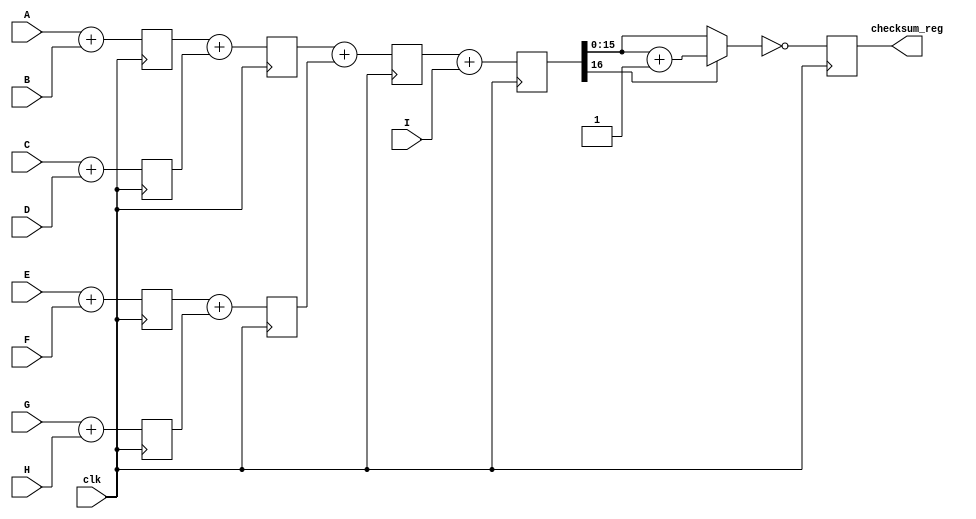
module binary_adder_tree(A, B, C, D, E, F, G, H, I, clk, checksum_reg);
   
	input	[15:0] A, B, C, D, E, F, G, H, I;
	input	clk;
	output	reg [15:0] checksum_reg;

	wire    [15:0]    checksum;
	wire	[16:0]    sum_a_b, sum_c_d, sum_e_f, sum_g_h, sum_ab_cd, sum_ef_gh, sum_abcd_efgh, sum_i;
	reg	[16:0]    sumreg_ab, sumreg_cd, sumreg_ef, sumreg_gh, sumreg_ab_cd, sumreg_ef_gh, sumreg_abcd_efgh, sumreg_i;
	// Registers
	always @ (posedge clk)
		begin
			//cycle 1
			sumreg_ab <= sum_a_b;
			sumreg_cd <= sum_c_d;
			sumreg_ef <= sum_e_f;
			sumreg_gh <= sum_g_h;

			//cycle 2
			sumreg_ab_cd <= sum_ab_cd;
			sumreg_ef_gh <= sum_ef_gh;
			
			//cycle 3
			sumreg_abcd_efgh <= sum_abcd_efgh;

			//cycle 4
			sumreg_i <= sum_i;

			//CYCLE 5
			checksum_reg <= checksum;
		end
	// 2-bit additions
	assign 			  sum_a_b = A + B;
	assign 			  sum_c_d = C + D;
	assign			  sum_e_f = E + F;
	assign 			  sum_g_h = G + H;

	assign 			  sum_ab_cd = sumreg_ab + sumreg_cd;
	assign 			  sum_ef_gh = sumreg_ef + sumreg_gh;

	assign 			  sum_abcd_efgh = sumreg_ab_cd + sumreg_ef_gh;
	assign			  sum_i = sumreg_abcd_efgh+I;
	
	assign 			  checksum = ~((sumreg_i[16]==1'b1)?(sumreg_i[15:0]+1):sumreg_i[15:0]);
endmodule